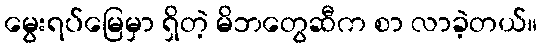
မွေးရပ်မြေမှာ ရှိတဲ့ မိဘတွေဆီက စာ လာခဲ့တယ်။